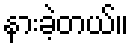
နားခဲ့တယ်။